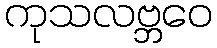
ကုသလဗ္ဘဝေ